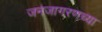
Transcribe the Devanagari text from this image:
जनजागरणच्या